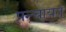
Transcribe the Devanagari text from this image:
पन्चायत्